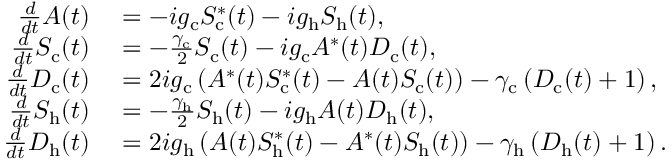
\begin{array} { r l } { \frac { d } { d t } A ( t ) } & { { } = - i g _ { \mathrm { c } } S _ { \mathrm { c } } ^ { * } ( t ) - i g _ { \mathrm { h } } S _ { \mathrm { h } } ( t ) , } \\ { \frac { d } { d t } S _ { \mathrm { c } } ( t ) } & { { } = - \frac { \gamma _ { \mathrm { c } } } { 2 } S _ { \mathrm { c } } ( t ) - i g _ { \mathrm { c } } A ^ { * } ( t ) D _ { \mathrm { c } } ( t ) , } \\ { \frac { d } { d t } D _ { \mathrm { c } } ( t ) } & { { } = 2 i g _ { \mathrm { c } } \left( A ^ { * } ( t ) S _ { \mathrm { c } } ^ { * } ( t ) - A ( t ) S _ { \mathrm { c } } ( t ) \right) - \gamma _ { \mathrm { c } } \left( D _ { \mathrm { c } } ( t ) + 1 \right) , } \\ { \frac { d } { d t } S _ { \mathrm { h } } ( t ) } & { { } = - \frac { \gamma _ { \mathrm { h } } } { 2 } S _ { \mathrm { h } } ( t ) - i g _ { \mathrm { h } } A ( t ) D _ { \mathrm { h } } ( t ) , } \\ { \frac { d } { d t } D _ { \mathrm { h } } ( t ) } & { { } = 2 i g _ { \mathrm { h } } \left( A ( t ) S _ { \mathrm { h } } ^ { * } ( t ) - A ^ { * } ( t ) S _ { \mathrm { h } } ( t ) \right) - \gamma _ { \mathrm { h } } \left( D _ { \mathrm { h } } ( t ) + 1 \right) . } \end{array}